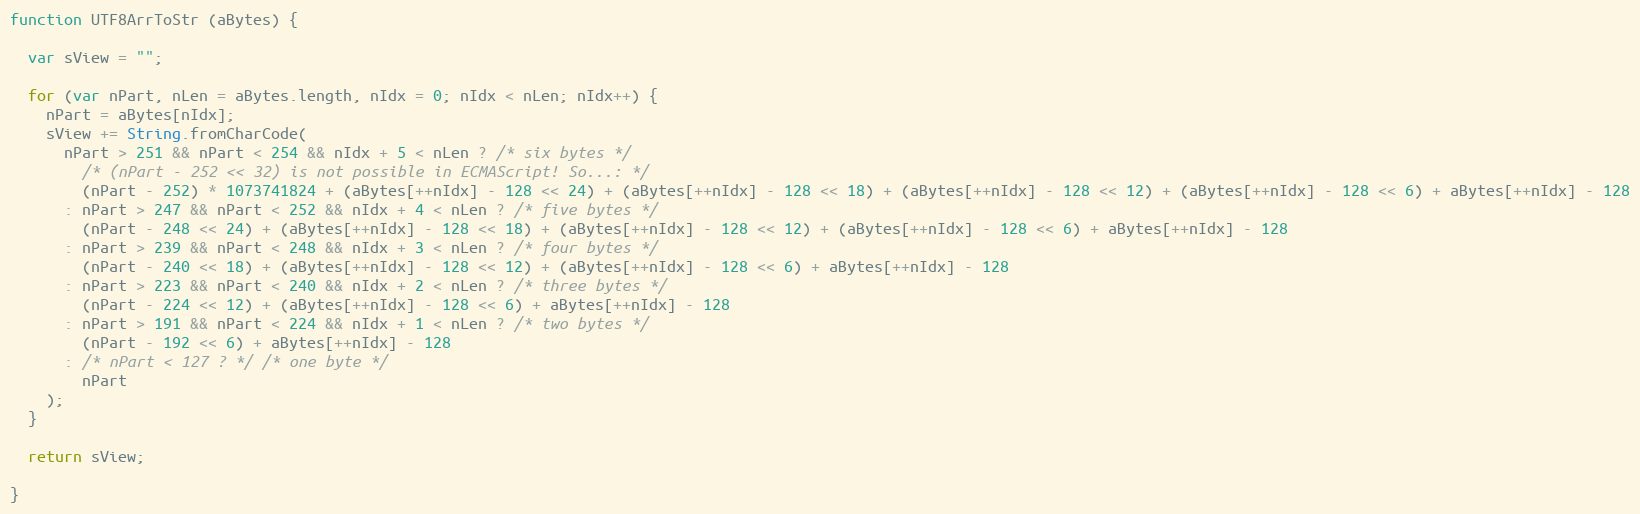
Language: JavaScript
function UTF8ArrToStr (aBytes) {

  var sView = "";

  for (var nPart, nLen = aBytes.length, nIdx = 0; nIdx < nLen; nIdx++) {
    nPart = aBytes[nIdx];
    sView += String.fromCharCode(
      nPart > 251 && nPart < 254 && nIdx + 5 < nLen ? /* six bytes */
        /* (nPart - 252 << 32) is not possible in ECMAScript! So...: */
        (nPart - 252) * 1073741824 + (aBytes[++nIdx] - 128 << 24) + (aBytes[++nIdx] - 128 << 18) + (aBytes[++nIdx] - 128 << 12) + (aBytes[++nIdx] - 128 << 6) + aBytes[++nIdx] - 128
      : nPart > 247 && nPart < 252 && nIdx + 4 < nLen ? /* five bytes */
        (nPart - 248 << 24) + (aBytes[++nIdx] - 128 << 18) + (aBytes[++nIdx] - 128 << 12) + (aBytes[++nIdx] - 128 << 6) + aBytes[++nIdx] - 128
      : nPart > 239 && nPart < 248 && nIdx + 3 < nLen ? /* four bytes */
        (nPart - 240 << 18) + (aBytes[++nIdx] - 128 << 12) + (aBytes[++nIdx] - 128 << 6) + aBytes[++nIdx] - 128
      : nPart > 223 && nPart < 240 && nIdx + 2 < nLen ? /* three bytes */
        (nPart - 224 << 12) + (aBytes[++nIdx] - 128 << 6) + aBytes[++nIdx] - 128
      : nPart > 191 && nPart < 224 && nIdx + 1 < nLen ? /* two bytes */
        (nPart - 192 << 6) + aBytes[++nIdx] - 128
      : /* nPart < 127 ? */ /* one byte */
        nPart
    );
  }

  return sView;

}